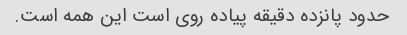
حدود پانزده دقیقه پیاده روی است این همه است.